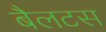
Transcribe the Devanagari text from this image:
बैलटस